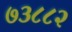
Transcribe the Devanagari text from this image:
७३८८२